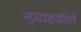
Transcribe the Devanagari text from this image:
न्याहळीले